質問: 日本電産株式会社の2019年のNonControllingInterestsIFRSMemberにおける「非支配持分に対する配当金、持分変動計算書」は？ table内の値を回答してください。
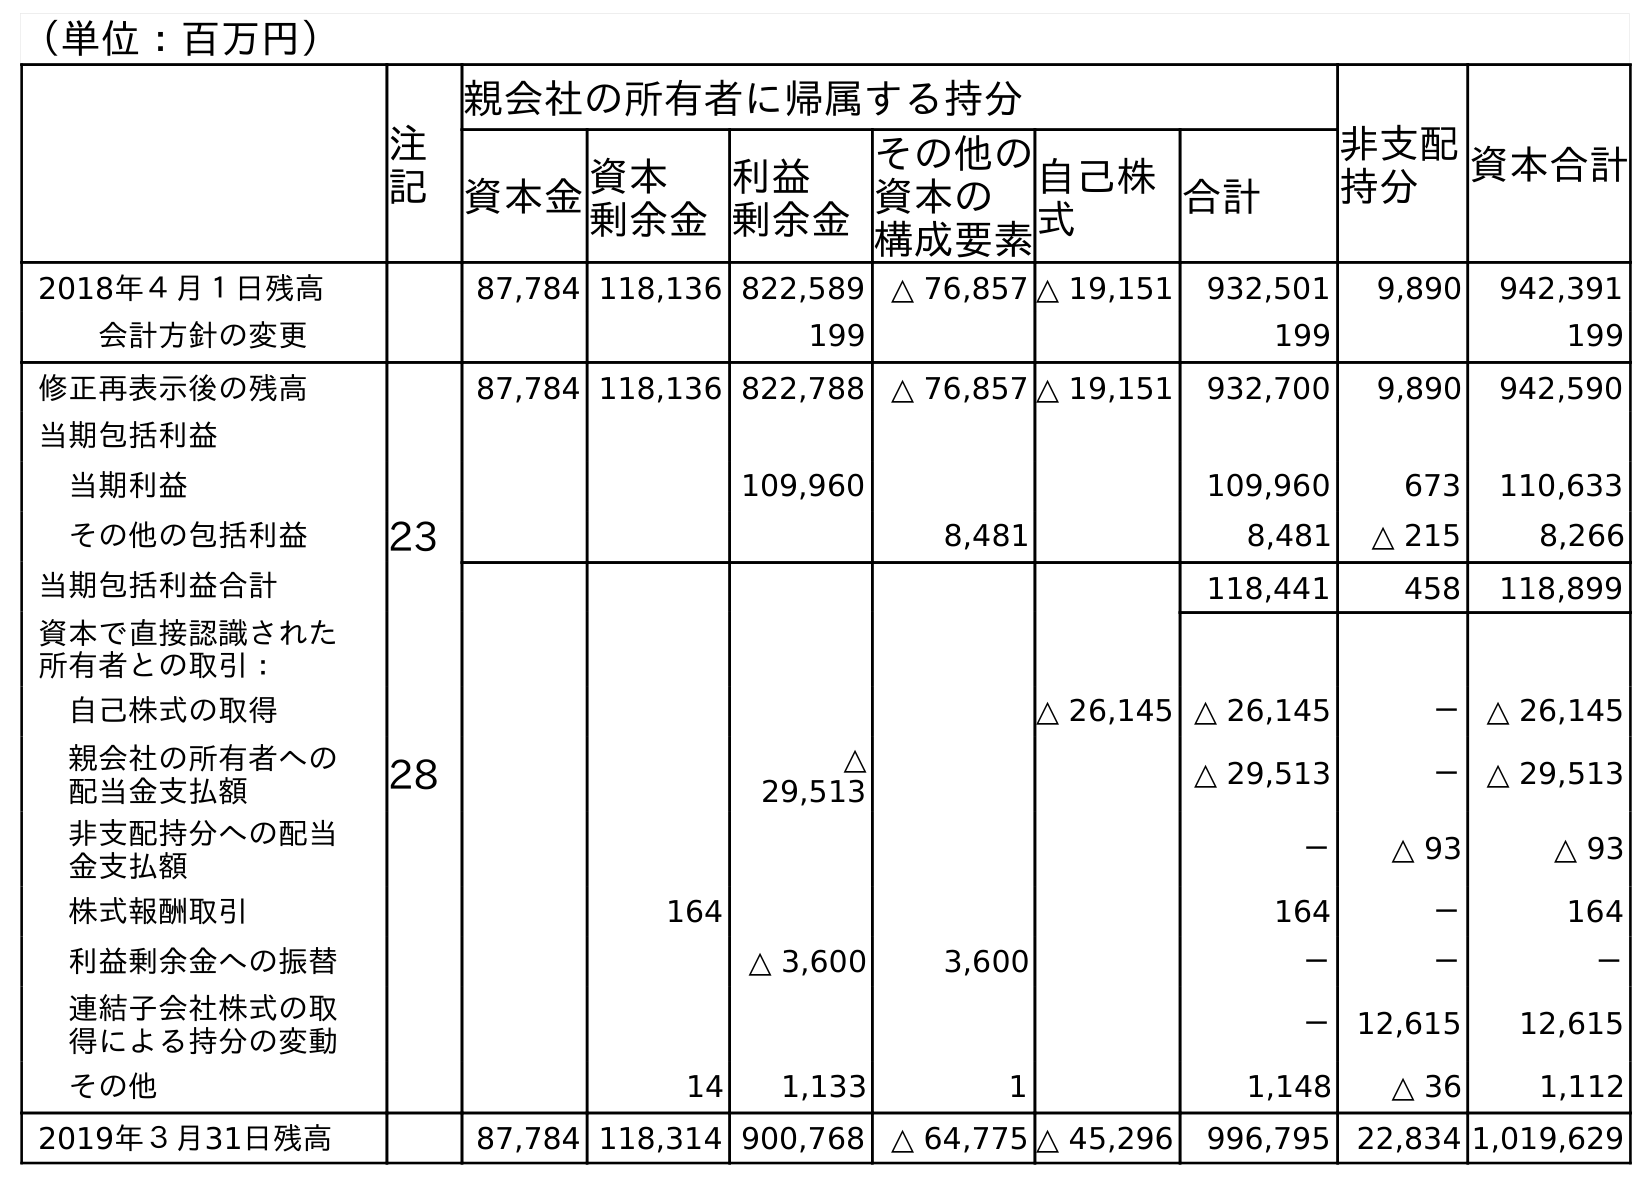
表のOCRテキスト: （単位：百万円） 注 記 親会社の所有者に帰属する持分 非支配 持分 資本合計 資本金資本 剰余金 利益 剰余金 その他の 資本の 構成要素 自己株 式 合計 2018年４月１日残高 87,784 118,136 822,589 △ 76,857 △ 19,151 932,501 9,890 942,391 会計方針の変更 199 199 199 修正再表示後の残高 87,784 118,136 822,788 △ 76,857 △ 19,151 932,700 9,890 942,590 当期包括利益 当期利益 109,960 109,960 673 110,633 その他の包括利益 23 8,481 8,481 △ 215 8,266 当期包括利益合計 118,441 458 118,899 資本で直接認識された 所有者との取引： 自己株式の取得 △ 26,145 △ 26,145 － △ 26,145 親会社の所有者への 配当金支払額 28 △ 29,513 △ 29,513 － △ 29,513 非支配持分への配当 金支払額 － △ 93 △ 93 株式報酬取引 164 164 － 164 利益剰余金への振替 △ 3,600 3,600 － － － 連結子会社株式の取 得による持分の変動 － 12,615 12,615 その他 14 1,133 1 1,148 △ 36 1,112 2019年３月31日残高 87,784 118,314 900,768 △ 64,775 △ 45,296 996,795 22,834 1,019,629
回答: △93